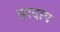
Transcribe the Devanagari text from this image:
हरदाप